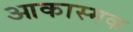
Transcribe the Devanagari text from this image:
आकास्मक